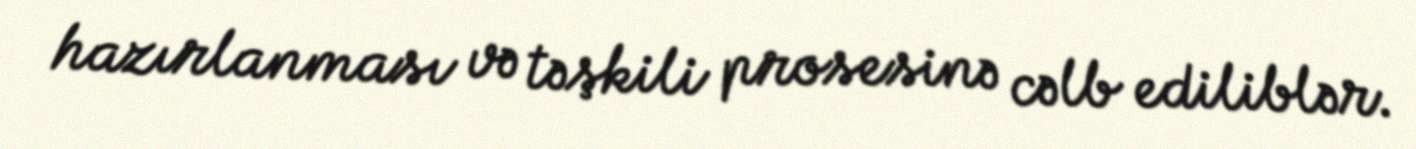
hazırlanması və təşkili prosesinə cəlb ediliblər.